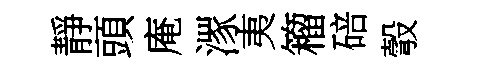
靜頭庵潈夷籕碚彀